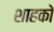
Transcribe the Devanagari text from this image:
शाहको